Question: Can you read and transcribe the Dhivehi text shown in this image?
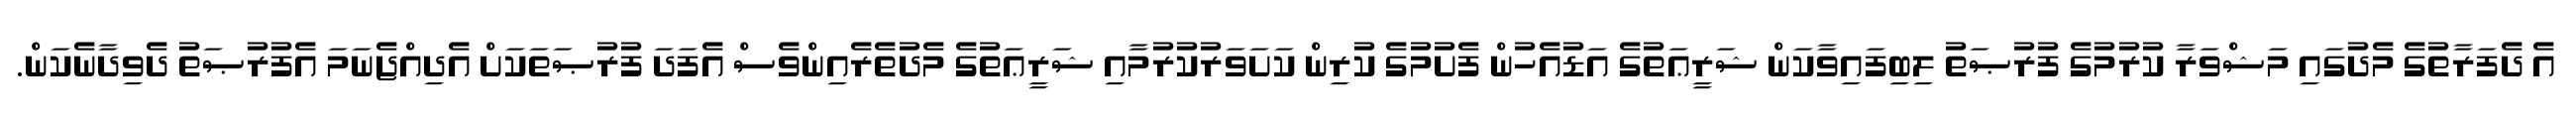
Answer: އެ ދެފަރާތުގެ މެދުގައި މަޝްވަރާ ކުރުމުގެ ފުރުޞަތު ލިބިފައިވާކަން ޝަރީޢަތުގެ އަޑުއެހުން ފެށުމުގެ ކުރިން ކަށަވަރުކުރުމާއި ޝަރީޢަތުގެ މެދުތެރެއިންވެސް އެފަދަ ފުރުޞަތަކަށް އެދިއްޖެނަމަ އެފުރުޞަތު ދެވިދާނެކަން.